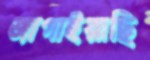
জাগাইয়াছি